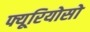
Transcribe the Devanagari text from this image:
फ्यूरियोसो